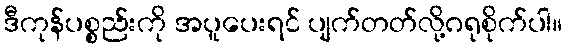
ဒီကုန်ပစ္စည်းကို အပူပေးရင် ပျက်တတ်လို့ဂရုစိုက်ပါ။